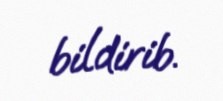
bildirib.